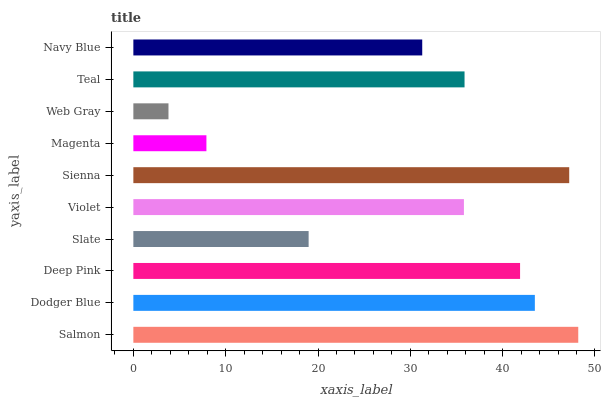
| yaxis_label | bars |
 | --- | --- |
 | Salmon | 48.2 |
 | Dodger Blue | 43.5 |
 | Deep Pink | 41.9 |
 | Slate | 19 |
 | Violet | 35.8 |
 | Sienna | 47.2 |
 | Magenta | 7.91 |
 | Web Gray | 3.8 |
 | Teal | 35.9 |
 | Navy Blue | 31.3 |